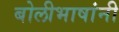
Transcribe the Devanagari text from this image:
बोलीभाषांनी